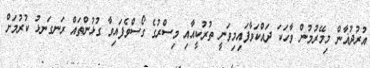
އުރުދުޣާން މިމޭރުމުން ވާހަކަ ދައްކަވާފައިމިވަނީ ތުރުކީއާއި މިސްރުގެ ގޯސްވެފައިވާ ގުޅުންތައް ރަނގަނޅު ކުރުމަށް